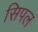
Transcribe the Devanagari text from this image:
सिपल